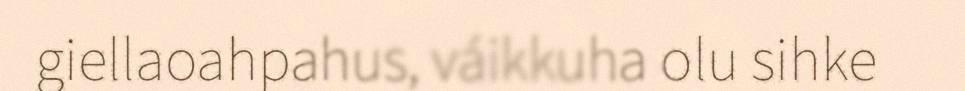
giellaoahpahus, váikkuha olu sihke